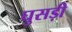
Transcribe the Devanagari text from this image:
घुसड़ी